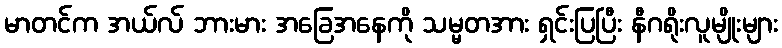
မာတင်က အယ်လ် ဘားမား အခြေအနေကို သမ္မတအား ရှင်းပြပြီး နီဂရိုးလူမျိုးများ